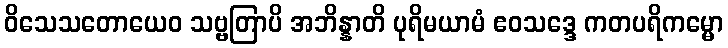
ဝိသေသတောယေဝ သဗ္ဗတြာပိ အဘိန္နာတိ ပုရိမယာမံ ဧဝသဒ္ဒေ ကတပရိကမ္မော